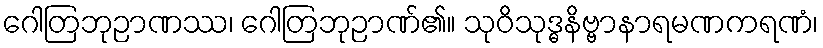
ဂေါတြဘုဉာဏဿ၊ ဂေါတြဘုဉာဏ်၏။ သုဝိသုဒ္ဓနိဗ္ဗာနာရမဏကရဏံ၊